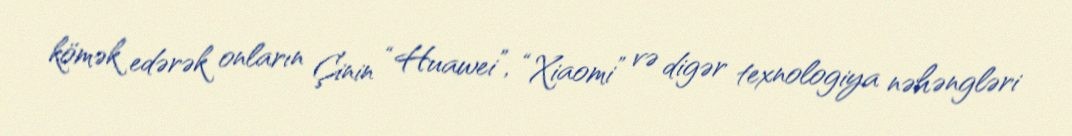
kömək edərək onların Çinin “Huawei”, “Xiaomi” və digər texnologiya nəhəngləri